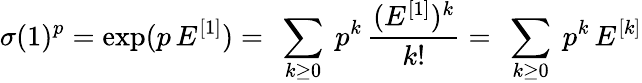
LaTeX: \sigma(1)^{p}=\exp(p\, E^{[1]})=\ \sum_{k\ge 0}\ p^{k}\, {\frac{(E^{[1]})^{k}}{k!}}=\ \sum_{k\ge 0}\ p^{k}\, E^{[k]}